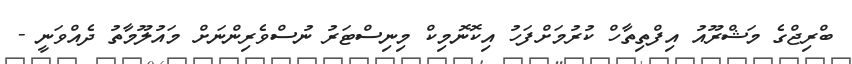
ބްރިޖްގެ މަޝްރޫއު އިފްތިތާހް ކުރުމަށްފަހު އިކޮނޮމިކް މިނިސްޓަރު ނުސްވެރިންނަށް މައުލޫމާތު ދެއްވަނީ -